Scottish Certificate of Education, 1963
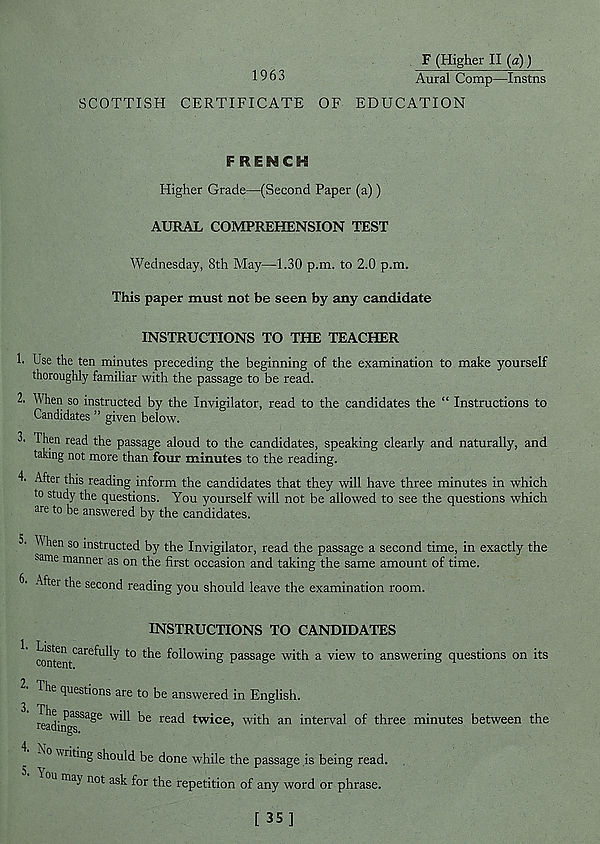
1963
F (Higher II (a) )
Aural Comp—Instns
SCOTTISH CERTIFICATE OF EDUCATION
FRENCH
Higher Grade—(Second Paper (a))
AURAL COMPREHENSION TEST
Wednesday, 8th May—1.30 p.m. to 2.0 p.m.
This paper must not be seen by any candidate
INSTRUCTIONS TO THE TEACHER
!• Use the ten minutes preceding the beginning of the examination to make yourself
thoroughly familiar with the passage to be read.
2. When so instructed by the Invigilator, read to the candidates the “ Instructions to
Candidates ” given below.
Then read the passage aloud to the candidates, speaking clearly and naturally, and
taking not more than four minutes to the reading.
4. After this reading inform the candidates that they will have three minutes in which
to study the questions. You yourself will not be allowed to see the questions which
are to be answered by the candidates.
^ hen so instructed by the Invigilator, read the passage a second time, in exactly the
same manner as on the first occasion and taking the same amount of time.
6- After the second reading you should leave the examination room.
INSTRUCTIONS TO CANDIDATES
wntent^6^1 17 t0 ^ flowing passage with a view to answering questions on its
2. The
3- The
questions are to be answered in English.
r^, P assa g e w iU be read twice, with an interval of three minutes between the
readings.
4. No
3- You
writing should be done while the passage is being read,
may not ask for the repetition of any word or phrase.
[ 35]